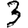
Digit: 3